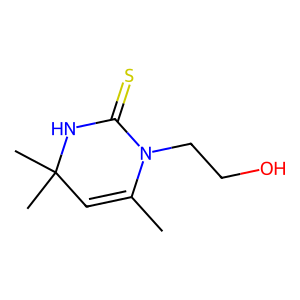
SMILES: CC1=CC(C)(C)NC(=S)N1CCO
Inhibits HIV replication: No